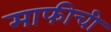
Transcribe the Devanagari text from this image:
माफीची